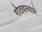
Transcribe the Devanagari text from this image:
गोठवल्याने